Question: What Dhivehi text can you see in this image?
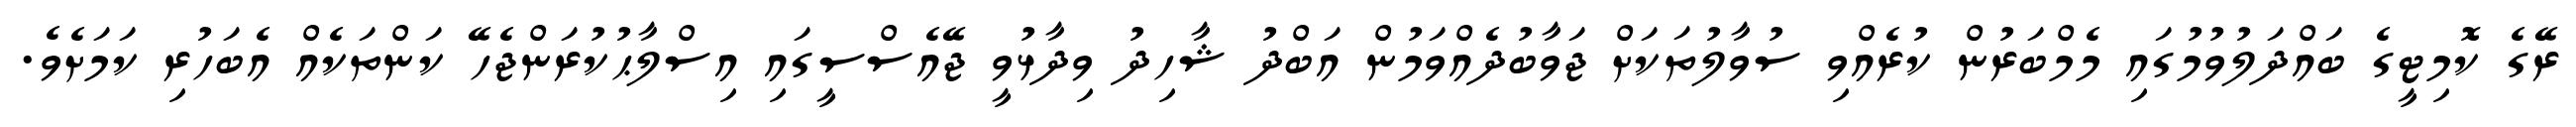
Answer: ރޭގެ ކޮމިޓީގެ ބައްދަލުވުމުގައި މެމްބަރުން ކުރެއްވި ސުވާލުތަކަށް ޖަވާބުދެއްވަމުން އަބްދު ޝާހިދު ވިދާޅުވީ ޖޭއެސްސީގައި އިސްލާޙުކުރަންޖެހޭ ކަންތަކެއް އެބަހުރި ކަމަށެވެ.